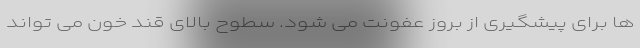
ها برای پیشگیری از بروز عفونت می شود. سطوح بالای قند خون می تواند